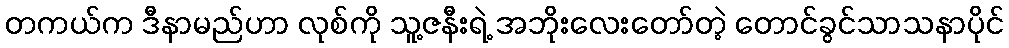
တကယ်က ဒီနာမည်ဟာ လုစ်ကို သူ့ဇနီးရဲ့ အဘိုးလေးတော်တဲ့ တောင်ခွင်သာသနာပိုင်